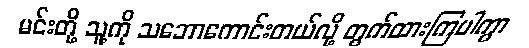
မင်းတို့ သူ့ကို သဘောကောင်းတယ်လို့ တွက်ထားကြပါကွာ